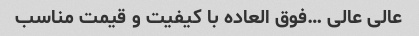
عالی عالی …فوق العاده با کیفیت و قیمت مناسب